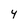
Character: 4